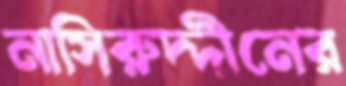
নাসিরুদ্দীনের